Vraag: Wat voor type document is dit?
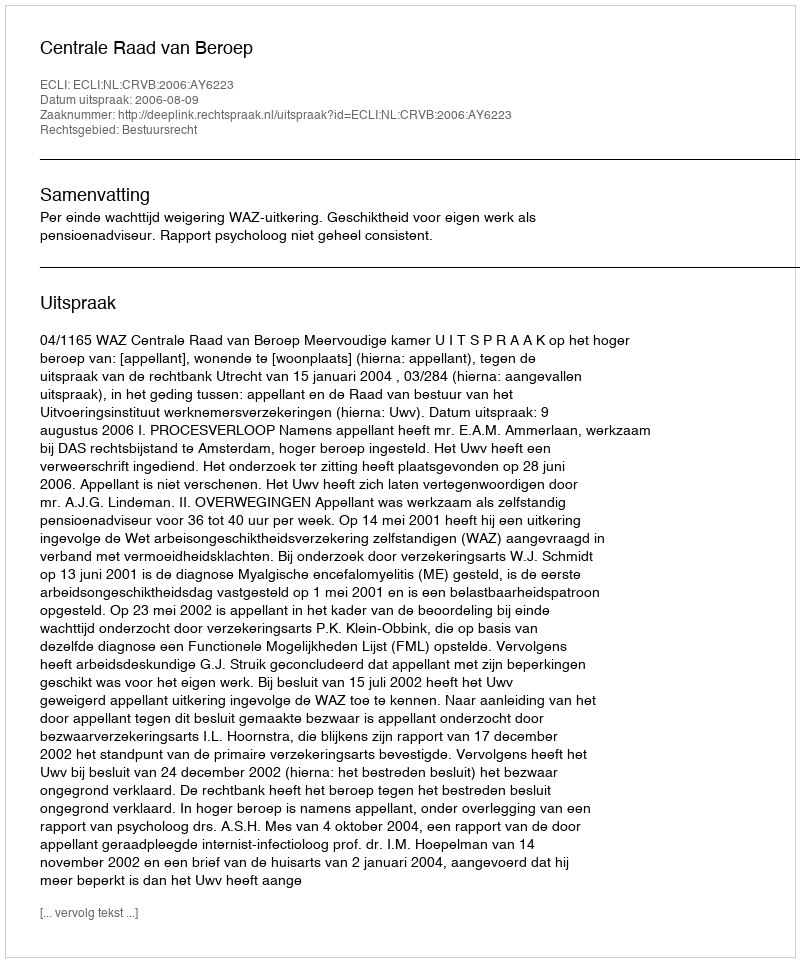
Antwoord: Uitspraak